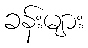
ခန်းများ